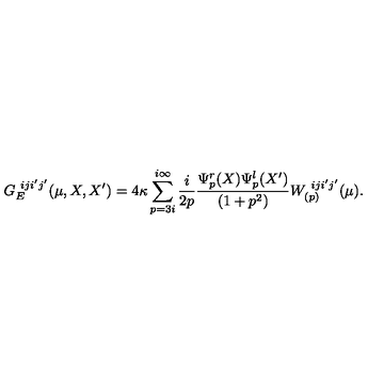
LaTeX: G _ { E } ^ { \ i j i ^ { \prime } j ^ { \prime } } ( \mu , X , X ^ { \prime } ) = 4 \kappa \sum _ { p = 3 i } ^ { i \infty } \frac { i } { 2 p } \frac { \Psi _ { p } ^ { r } ( X ) \Psi _ { p } ^ { l } ( X ^ { \prime } ) } { ( 1 + p ^ { 2 } ) } W _ { ( p ) } ^ { \ i j i ^ { \prime } j ^ { \prime } } ( \mu ) .